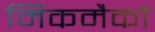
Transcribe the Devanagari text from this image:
मिकमैकों